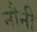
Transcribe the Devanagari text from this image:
नौनी